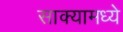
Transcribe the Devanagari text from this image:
साक्यामध्ये